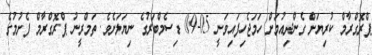
ޕްރޮގްރާމް ކުރިޔަށް ގެންދިއުމަށް ހަމަޖެހިފައިވަނީ 05-09 ޑިސެމްބަރުގެ ނިޔަލަށެވެ. ތަމްރީނު ޕްރޮގްރާމް ފެށުމުގެ